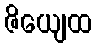
ဇိယျေထ